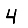
Digit: 4